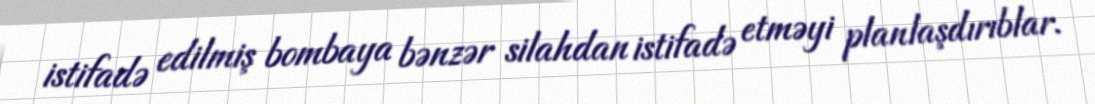
istifadə edilmiş bombaya bənzər silahdan istifadə etməyi planlaşdırıblar.